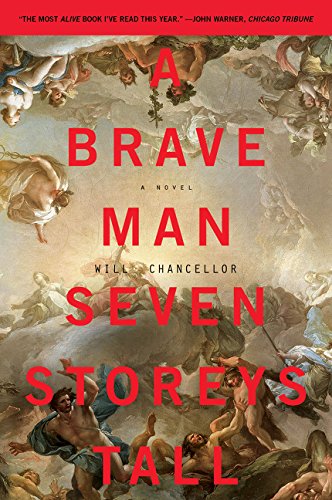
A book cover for A Brave Man Seven Storeys Tall: A Novel (P.S.); Will Chancellor; Literature & Fiction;